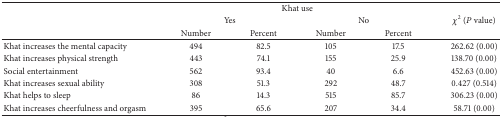
<table><thead><tr><td rowspan="3"><b> </b></td><td colspan="4"><b>Khat use</b></td><td rowspan="3"><b><i>χ</i><sup>2</sup> (<i>P</i> value)</b></td></tr><tr><td colspan="2"><b>Yes</b></td><td colspan="2"><b>No</b></td></tr><tr><td><b>Number</b></td><td><b>Percent</b></td><td><b>Number</b></td><td><b>Percent</b></td></tr></thead><tbody><tr><td>Khat increases the mental capacity</td><td>494</td><td>82.5</td><td>105</td><td>17.5</td><td>262.62 (0.00)</td></tr><tr><td>Khat increases physical strength</td><td>443</td><td>74.1</td><td>155</td><td>25.9</td><td>138.70 (0.00)</td></tr><tr><td>Social entertainment</td><td>562</td><td>93.4</td><td>40</td><td>6.6</td><td>452.63 (0.00)</td></tr><tr><td>Khat increases sexual ability</td><td>308</td><td>51.3</td><td>292</td><td>48.7</td><td>0.427 (0.514)</td></tr><tr><td>Khat helps to sleep</td><td>86</td><td>14.3</td><td>515</td><td>85.7</td><td>306.23 (0.00)</td></tr><tr><td>Khat increases cheerfulness and orgasm</td><td>395</td><td>65.6</td><td>207</td><td>34.4</td><td>58.71 (0.00)</td></tr></tbody></table>